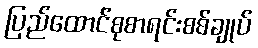
ပြည်ထောင်စုစာရင်းစစ်ချုပ်